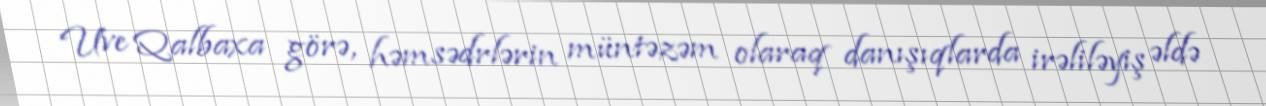
Uve Qalbaxa görə, həmsədrlərin müntəzəm olaraq danışıqlarda irəliləyiş əldə